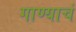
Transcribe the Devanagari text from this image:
गाण्याचं